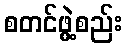
စတင်ဖွဲ့စည်း